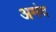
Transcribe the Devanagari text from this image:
अमंद